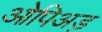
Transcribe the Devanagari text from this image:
ओपिअड़